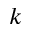
k